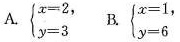
A. $$ \begin { cases } x = 2 \\ y = 3 \end { cases }$$，B. $$ \begin { cases } x = 1 \\ y = 6 \end { cases }$$，